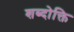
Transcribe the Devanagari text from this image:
शब्दोक्ति